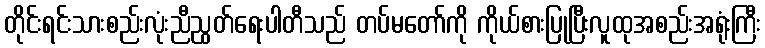
တိုင်းရင်းသားစည်းလုံးညီညွတ်ရေးပါတီသည် တပ်မတော်ကို ကိုယ်စားပြုပြီးလူထုအစည်းအရုံးကြီး